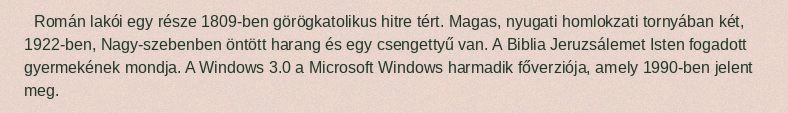
Román lakói egy része 1809-ben görögkatolikus hitre tért. Magas, nyugati homlokzati tornyában két, 1922-ben, Nagy-szebenben öntött harang és egy csengettyű van. A Biblia Jeruzsálemet Isten fogadott gyermekének mondja. A Windows 3.0 a Microsoft Windows harmadik főverziója, amely 1990-ben jelent meg.